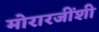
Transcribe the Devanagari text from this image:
मोरारजींशी